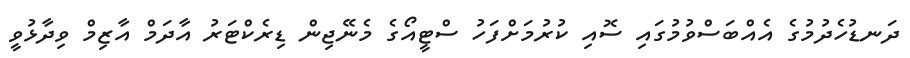
ދަނޑުހެދުމުގެ އެއްބަސްވުމުގައި ސޮއި ކުރުމަށްފަހު ސްޓީއޯގެ މެނޭޖިން ޑިރެކްޓަރު އާދަމް އާޒިމް ވިދާޅުވީ